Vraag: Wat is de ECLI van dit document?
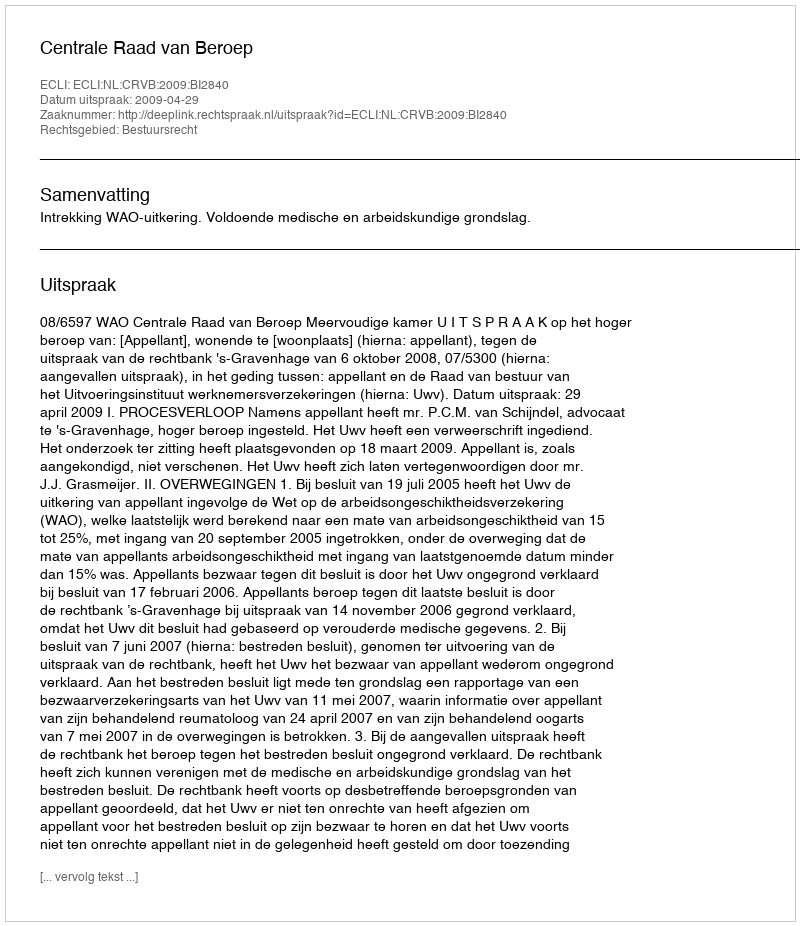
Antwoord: ECLI:NL:CRVB:2009:BI2840